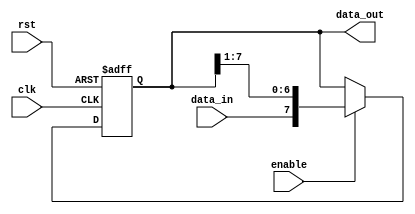
module deserializer (
    input wire data_in,
    input wire enable,
    input wire clk,
    input wire rst,
    output reg [7:0] data_out
    //output wire done
);
    
    always @(posedge clk or negedge rst) begin
        if(!rst)begin
            data_out <= 0;
        end
        else if (enable) begin
            data_out <= {data_in,data_out[7:1]};
        end
        else begin
            data_out <= data_out; //<=0
        end
    end
endmodule